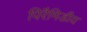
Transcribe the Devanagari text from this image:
पिरैमिडीय